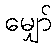
မျှော်